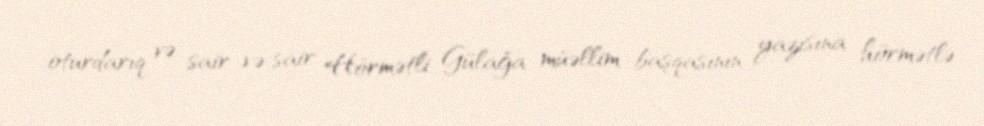
oturdarıq və sair ,və sair Hörmətli Gülağa müəllim başqasının yazısına hörmətlə